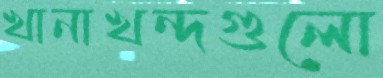
খানাখন্দগুলো